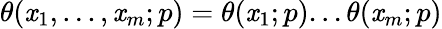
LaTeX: \displaystyle\theta(\mathit{x}_{1},...,\mathit{x}_{m};p)=\theta(\mathit{x}_{1};p)...\theta(\mathit{x}_{m};p)